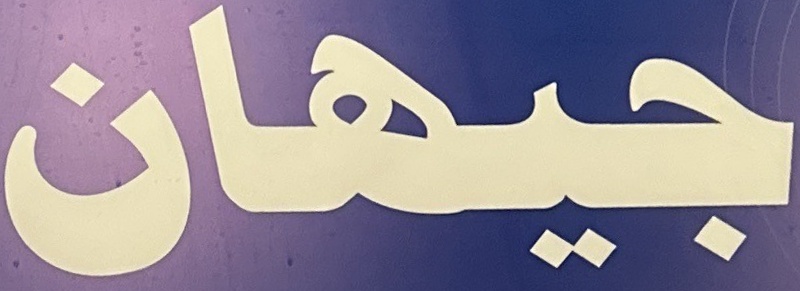
جيهان